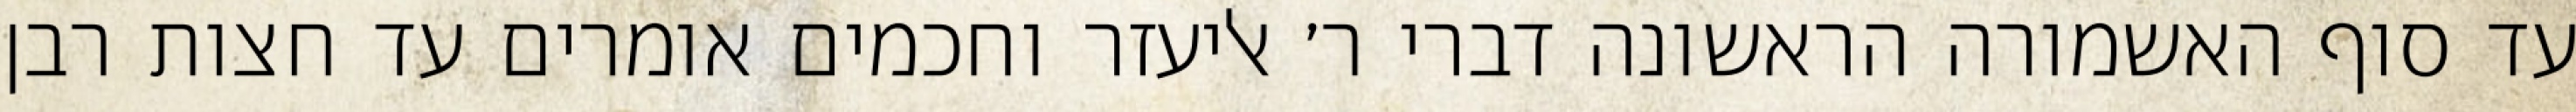
עד סוף האשמורה הראשונה דברי ר׳ אליעזר וחכמים אומרים עד חצות רבן